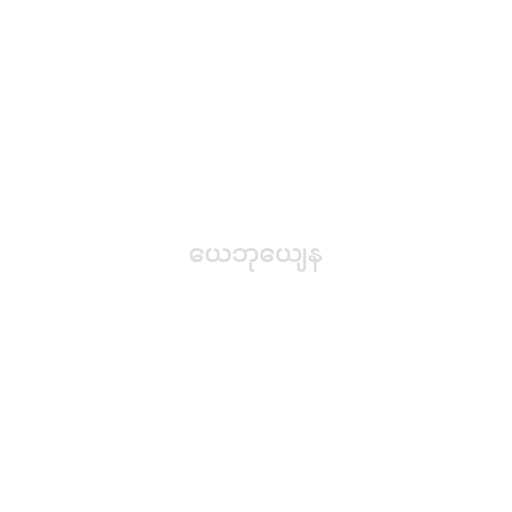
ယေဘုယျေန